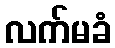
လက်မခံ